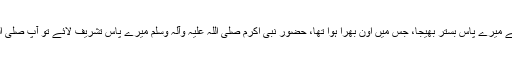
(وہ انصاری عورت چلی گئی اور) اُس نے میرے پاس بستر بھیجا، جس میں اُون بھرا ہوا تھا، حضور نبی اکرم صلی اللہ علیہ وآلہ وسلم میرے پاس تشریف لائے تو آپ صلی اللہ علیہ وآلہ وسلم نے فرمایا : اے عائشہ!